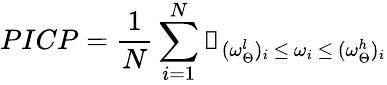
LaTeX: PICP=\frac{1}{N}\sum_{i=1}^{N}\mathbb{1}_{(\omega_{\Theta}^{l})_{i}\, \le\, \omega_{i}\, \le\, (\omega_{\Theta}^{h})_{i}}